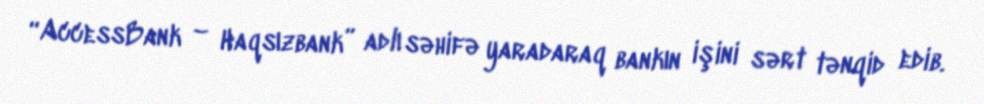
“AccessBank – Haqsızbank” adlı səhifə yaradaraq bankın işini sərt tənqid edib.